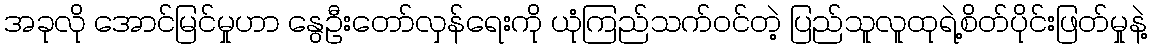
အခုလို အောင်မြင်မှုဟာ နွေဦးတော်လှန်ရေးကို ယုံကြည်သက်ဝင်တဲ့ ပြည်သူလူထုရဲ့စိတ်ပိုင်းဖြတ်မှုနဲ့